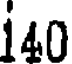
140